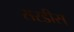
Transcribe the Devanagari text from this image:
सरडीस